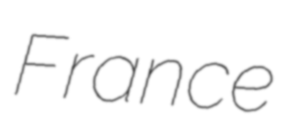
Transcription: France